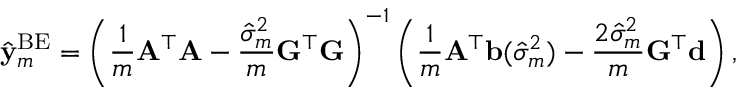
\hat { \bf y } _ { m } ^ { \mathrm { B E } } = \left( \frac { 1 } { m } { \bf A } ^ { \top } { \bf A } - \frac { \hat { \sigma } _ { m } ^ { 2 } } { m } { \bf G } ^ { \top } { \bf G } \right) ^ { - 1 } \left( \frac { 1 } { m } { \bf A } ^ { \top } { \bf b } ( \hat { \sigma } _ { m } ^ { 2 } ) - \frac { 2 \hat { \sigma } _ { m } ^ { 2 } } { m } { \bf G } ^ { \top } { \bf d } \right) ,